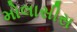
મોલાસીસ